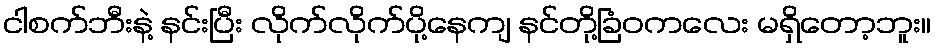
ငါစက်ဘီးနဲ့ နင်းပြီး လိုက်လိုက်ပို့နေကျ နင်တို့ခြံဝကလေး မရှိတော့ဘူး။